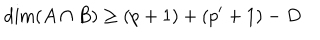
\dim ( A \cap B ) \ge ( p + 1 ) + ( p ^ { \prime } + 1 ) - D